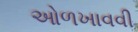
ઓળખાવવી